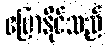
ပြောနိုင်သည်